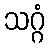
သဂ္ဂံ